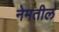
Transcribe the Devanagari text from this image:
नेमतील